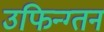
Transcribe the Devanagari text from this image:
उफिन्ग्तन